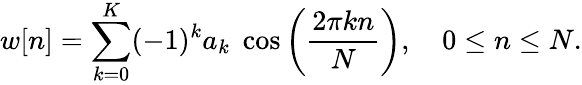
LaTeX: w[n]=\sum_{k=0}^{K}(-1)^{k}a_{k}\; \cos\left({\frac{2\pi kn}{N}}\right),\quad 0\leq n\leq N.